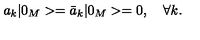
a _ { k } | 0 _ { M } > = \bar { a } _ { k } | 0 _ { M } > = 0 , \quad \forall k { . }